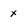
Character: x